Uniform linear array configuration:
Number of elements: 8
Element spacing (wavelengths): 0.5
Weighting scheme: kaiser
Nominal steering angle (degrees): -30
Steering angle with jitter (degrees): -31.777
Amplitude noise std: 0.05
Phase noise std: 0.05

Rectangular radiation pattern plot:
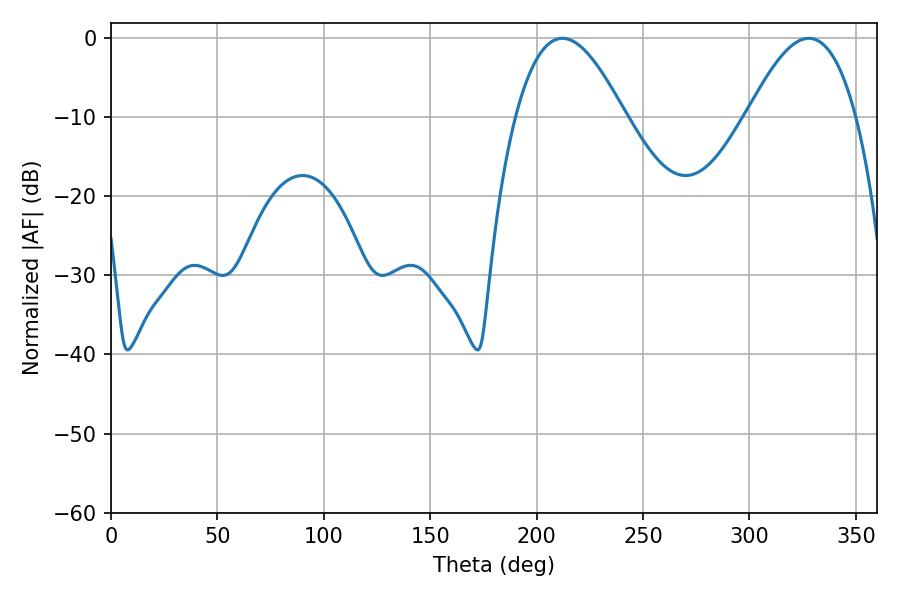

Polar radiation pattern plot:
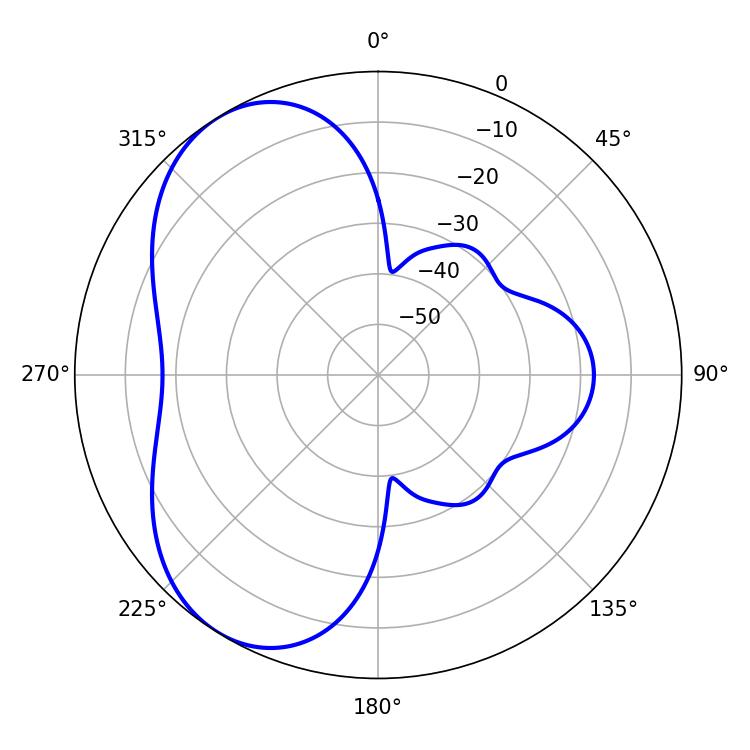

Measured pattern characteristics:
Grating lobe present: FALSE
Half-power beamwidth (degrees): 27.9
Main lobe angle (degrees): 212.04